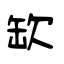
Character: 缼